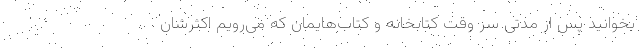
بخوانید پس از مدتی سر وقت کتابخانه و کتاب‌هایمان که می‌رویم اکثرشان